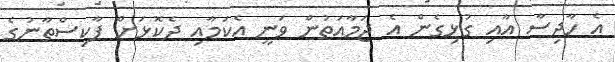
އެ ހާދިސާ އާއި ގުޅިގެން އެ ޖަމާއަތުން ވަނީ އެކަމާއި ދެކޮޅަށް ޕާކިސްތާނުގެ